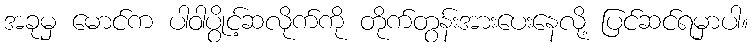
အခုမှ မောင်က ပါဝါပွိုင့်ဆလိုက်ကို တိုက်တွန်းအားပေးနေလို့ ပြင်ဆင်ရမှာပါ။